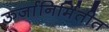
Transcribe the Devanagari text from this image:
ऊर्जानिर्मितीत